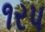
૧રપ